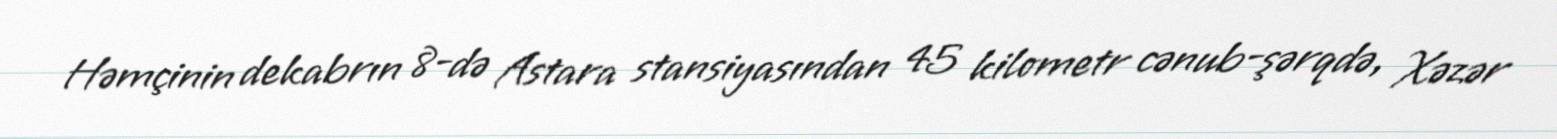
Həmçinin dekabrın 8-də Astara stansiyasından 45 kilometr cənub-şərqdə, Xəzər